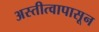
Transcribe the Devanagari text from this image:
अस्तीत्वापासून